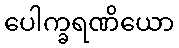
ပေါက္ခရဏိယော